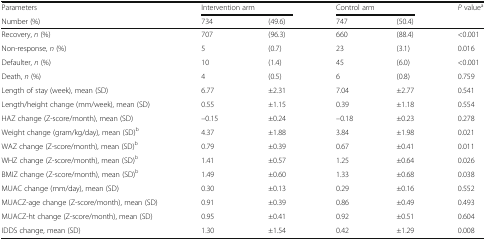
<table><thead><tr><td><b>Parameters</b></td><td colspan="2"><b>Intervention arm</b></td><td colspan="2"><b>Control arm</b></td><td rowspan="2"><b><i>P</i> value<sup>a</sup></b></td></tr><tr><td><b>Number (%)</b></td><td><b>734</b></td><td><b>(49.6)</b></td><td><b>747</b></td><td><b>(50.4)</b></td></tr></thead><tbody><tr><td>Recovery, <i>n</i> (%)</td><td>707</td><td>(96.3)</td><td>660</td><td>(88.4)</td><td>&lt;0.001</td></tr><tr><td>Non-response, <i>n</i> (%)</td><td>5</td><td>(0.7)</td><td>23</td><td>(3.1)</td><td>0.016</td></tr><tr><td>Defaulter, <i>n</i> (%)</td><td>10</td><td>(1.4)</td><td>45</td><td>(6.0)</td><td>&lt;0.001</td></tr><tr><td>Death, <i>n</i> (%)</td><td>4</td><td>(0.5)</td><td>6</td><td>(0.8)</td><td>0.759</td></tr><tr><td>Length of stay (week), mean (SD)</td><td>6.77</td><td>±2.31</td><td>7.04</td><td>±2.77</td><td>0.541</td></tr><tr><td>Length/height change (mm/week), mean (SD)</td><td>0.55</td><td>±1.15</td><td>0.39</td><td>±1.18</td><td>0.554</td></tr><tr><td>HAZ change (Z-score/month), mean (SD)</td><td>–0.15</td><td>±0.24</td><td>–0.18</td><td>±0.23</td><td>0.278</td></tr><tr><td>Weight change (gram/kg/day), mean (SD)<sup>b</sup></td><td>4.37</td><td>±1.88</td><td>3.84</td><td>±1.98</td><td>0.021</td></tr><tr><td>WAZ change (Z-score/month), mean (SD)<sup>b</sup></td><td>0.79</td><td>±0.39</td><td>0.67</td><td>±0.41</td><td>0.011</td></tr><tr><td>WHZ change (Z-score/month), mean (SD)<sup>b</sup></td><td>1.41</td><td>±0.57</td><td>1.25</td><td>±0.64</td><td>0.026</td></tr><tr><td>BMIZ change (Z-score/month), mean (SD)<sup>b</sup></td><td>1.49</td><td>±0.60</td><td>1.33</td><td>±0.68</td><td>0.038</td></tr><tr><td>MUAC change (mm/day), mean (SD)</td><td>0.30</td><td>±0.13</td><td>0.29</td><td>±0.16</td><td>0.552</td></tr><tr><td>MUACZ-age change (Z-score/month), mean (SD)</td><td>0.91</td><td>±0.39</td><td>0.86</td><td>±0.49</td><td>0.493</td></tr><tr><td>MUACZ-ht change (Z-score/month), mean (SD)</td><td>0.95</td><td>±0.41</td><td>0.92</td><td>±0.51</td><td>0.604</td></tr><tr><td>IDDS change, mean (SD)</td><td>1.30</td><td>±1.54</td><td>0.42</td><td>±1.29</td><td>0.008</td></tr></tbody></table>